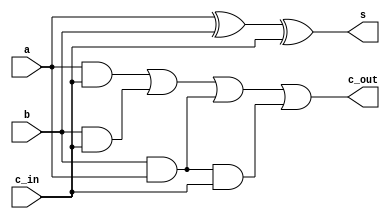
// code for part 2

module full_adder(a, b, c_in, s, c_out);
    input a, b, c_in;
    output s, c_out;
    assign s = (a^b)^c_in;
    assign c_out = a & c_in | b & c_in | b & a | b & a & c_in;

endmodule 


module part2(a, b, c_in, s, c_out);
    // 4-bit ripple carry adder circuit
    // a and b are 4 bit inputs, s is a 4 bit output
    // The c_in and c_out signals are 1 bit
    
    input [3:0] a;
    input [3:0]b;
    input c_in;
    output [3:0] s;
    output [3:0]c_out;
    //assign c_out[3] = 0;
    //assign c_out[2] = 0;
    //assign c_out[1] = 0;
    //wire c1, c2, c3;
 

    full_adder F0(a[0], b[0], c_in, s[0], c_out[0]);
    full_adder F1(a[1], b[1], c_out[0], s[1], c_out[1]);
    full_adder F2(a[2], b[2], c_out[1], s[2], c_out[2]);
    full_adder F3(a[3], b[3], c_out[2], s[3], c_out[3]);
    


endmodule